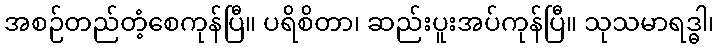
အစဉ်တည်တံ့စေကုန်ပြီ။ ပရိစိတာ၊ ဆည်းပူးအပ်ကုန်ပြီ။ သုသမာရဒ္ဓါ၊